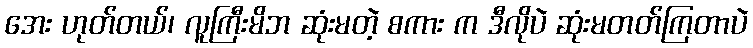
အေး ဟုတ်တယ်၊ လူကြီးမိဘ ဆုံးမတဲ့ စကား က ဒီလိုပဲ ဆုံးမတတ်ကြတာပဲ